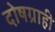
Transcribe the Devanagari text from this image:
दोषग्राही